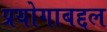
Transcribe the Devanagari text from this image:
प्रयोगाबद्दल